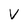
Character: V